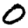
Digit: 0